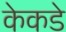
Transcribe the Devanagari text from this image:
केकडे